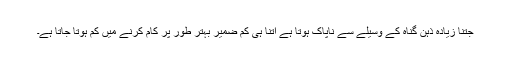
جتنا زیادہ ذہن گناہ کے وسیلے سے ناپاک ہوتا ہے اُتنا ہی کم ضمیر بہتر طور پر کام کرنے میں کم ہوتا جاتا ہے۔